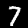
Label: 7